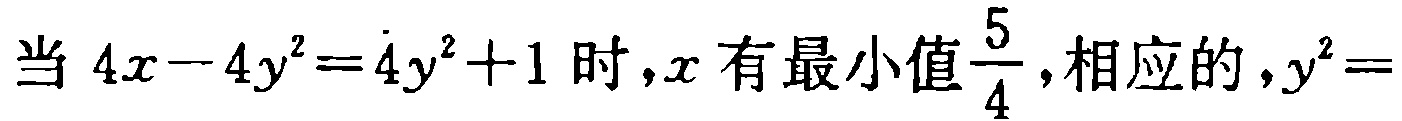
当 \(4x - 4y^{2}=4y^{2}+1\) 时，\(x\) 有最小值\(\frac{5}{4}\)，相应的，\(y^{2}=\)